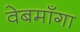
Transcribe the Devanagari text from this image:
वेबमाँगा